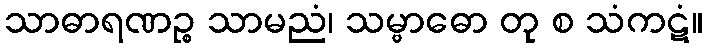
သာဓာရဏဉ္စ သာမညံ၊ သမ္ဗာဓော တု စ သံကဋံ။